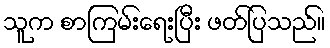
သူက စာကြမ်းရေးပြီး ဖတ်ပြသည်။